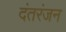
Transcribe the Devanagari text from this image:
दंतरंजन